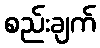
စည်းချက်